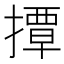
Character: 撢